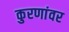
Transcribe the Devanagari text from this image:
कुरणांवर